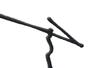
Signature authenticity: genuine